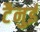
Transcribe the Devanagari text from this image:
टैनुई